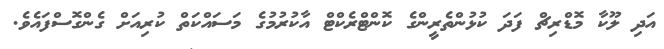
އަދި ލޫކާ މޮޑްރިޗް ފަދަ ކުޅުންތެރީންގެ ކޮންޓްރެކްޓް އާކުރުމުގެ މަސައްކަތް ކުރިއަށް ގެންގޮސްފައެވެ.